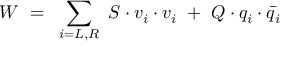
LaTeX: W ~ = ~ \sum _ { i = L , R } ~ S \cdot v _ { i } \cdot v _ { i } ~ + ~ Q \cdot q _ { i } \cdot \bar { q } _ { i }